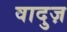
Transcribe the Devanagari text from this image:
वादुज़